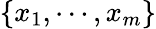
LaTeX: \{ x_{1},\cdots,x_{m}\}